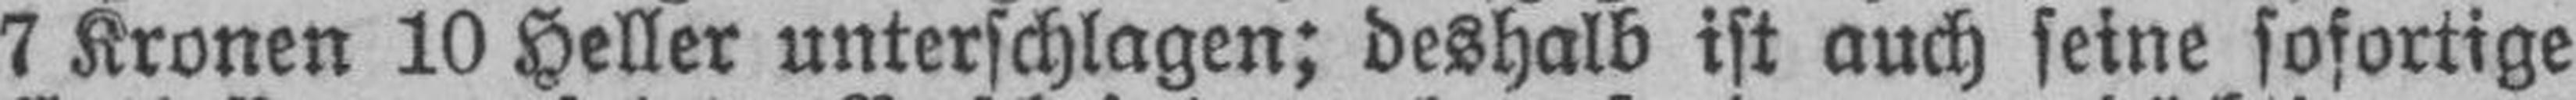
7 Kronen 10 Heller unterschlagen; deshalb ist auch seine sofortige